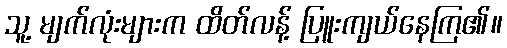
သူ့ မျက်လုံးများက ထိတ်လန့် ပြူးကျယ်နေကြ၏။